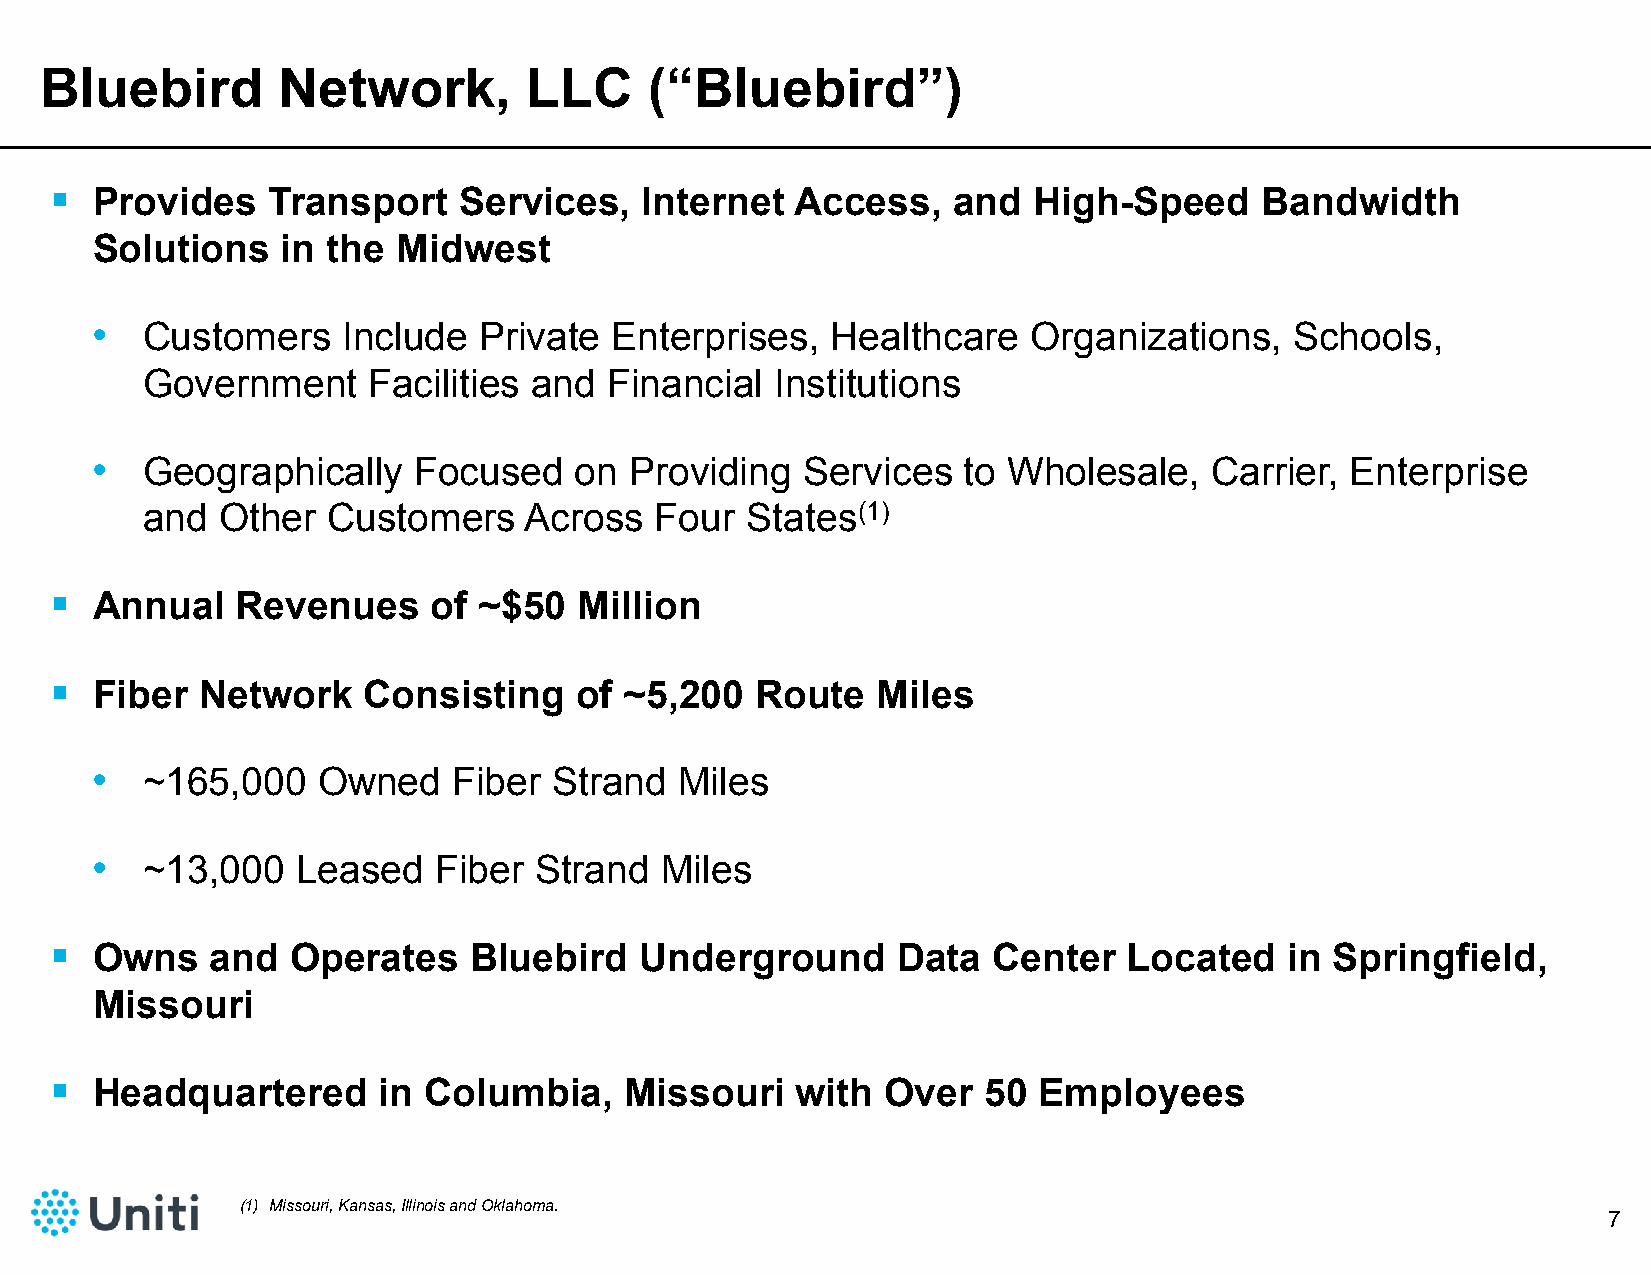
Bluebird       Network,         LLC     (“Bluebird”)
   Provides    Transport   Services,    Internet  Access,   and  High-Speed     Bandwidth
 Solutions    in the Midwest
 •  Customers     Include  Private Enterprises,   Healthcare   Organizations,    Schools,
 Government     Facilities and  Financial  Institutions
 •  Geographically    Focused    on  Providing  Services   to Wholesale,   Carrier, Enterprise
 and   Other  Customers    Across  Four  States(1)
   Annual    Revenues     of ~$50  Million
   Fiber  Network    Consisting    of ~5,200   Route   Miles
 •  ~165,000    Owned    Fiber  Strand  Miles
 •  ~13,000    Leased   Fiber Strand   Miles
   Owns    and  Operates    Bluebird   Underground      Data   Center   Located   in Springfield,
 Missouri
   Headquartered      in Columbia,    Missouri    with  Over  50  Employees
 (1) Missouri, Kansas, Illinois and Oklahoma.
 7